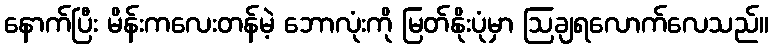
နောက်ပြီး မိန်းကလေးတန်မဲ့ ဘောလုံးကို မြတ်နိုးပုံမှာ ဩချရလောက်လေသည်။